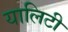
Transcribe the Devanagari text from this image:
यालिटी